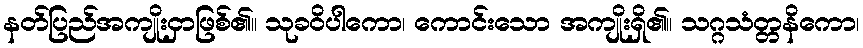
နတ်ပြည်အကျိုးငှာဖြစ်၏။ သုခဝိပါကော၊ ကောင်းသော အကျိုးရှိ၏။ သဂ္ဂသံတ္တနိကော၊